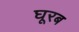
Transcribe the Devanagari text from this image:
घूरब